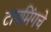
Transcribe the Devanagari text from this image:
टायमिंगचे